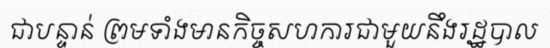
ជាបន្ទាន់ ព្រមទាំងមានកិច្ចសហការជាមួយនឹងរដ្ឋបាល